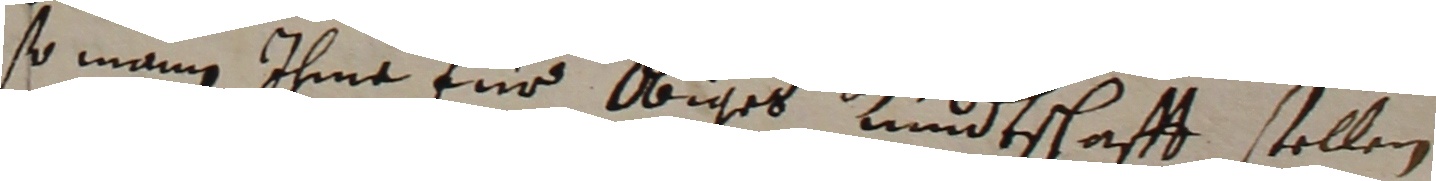
so mann ihme für obiges kundtschafft stellen